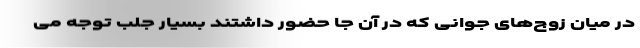
در میان زوج‌های جوانی که در آن‌ جا حضور داشتند بسیار جلب توجه می‌